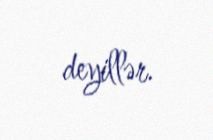
deyillər.